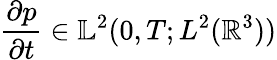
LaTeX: \frac{\partial p}{\partial t}\in\mathbb{L}^{2}(0,T;L^{2}(\mathbb{R}^{3}))